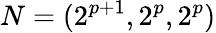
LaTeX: N=(2^{p+1},2^{p},2^{p})